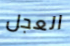
العجل